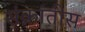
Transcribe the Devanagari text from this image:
संक्रांतीस